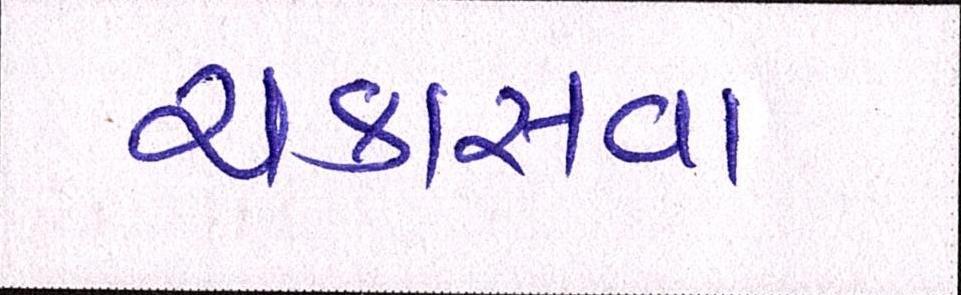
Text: ચકાસવા